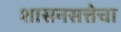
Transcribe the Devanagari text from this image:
शासनसत्तेचा